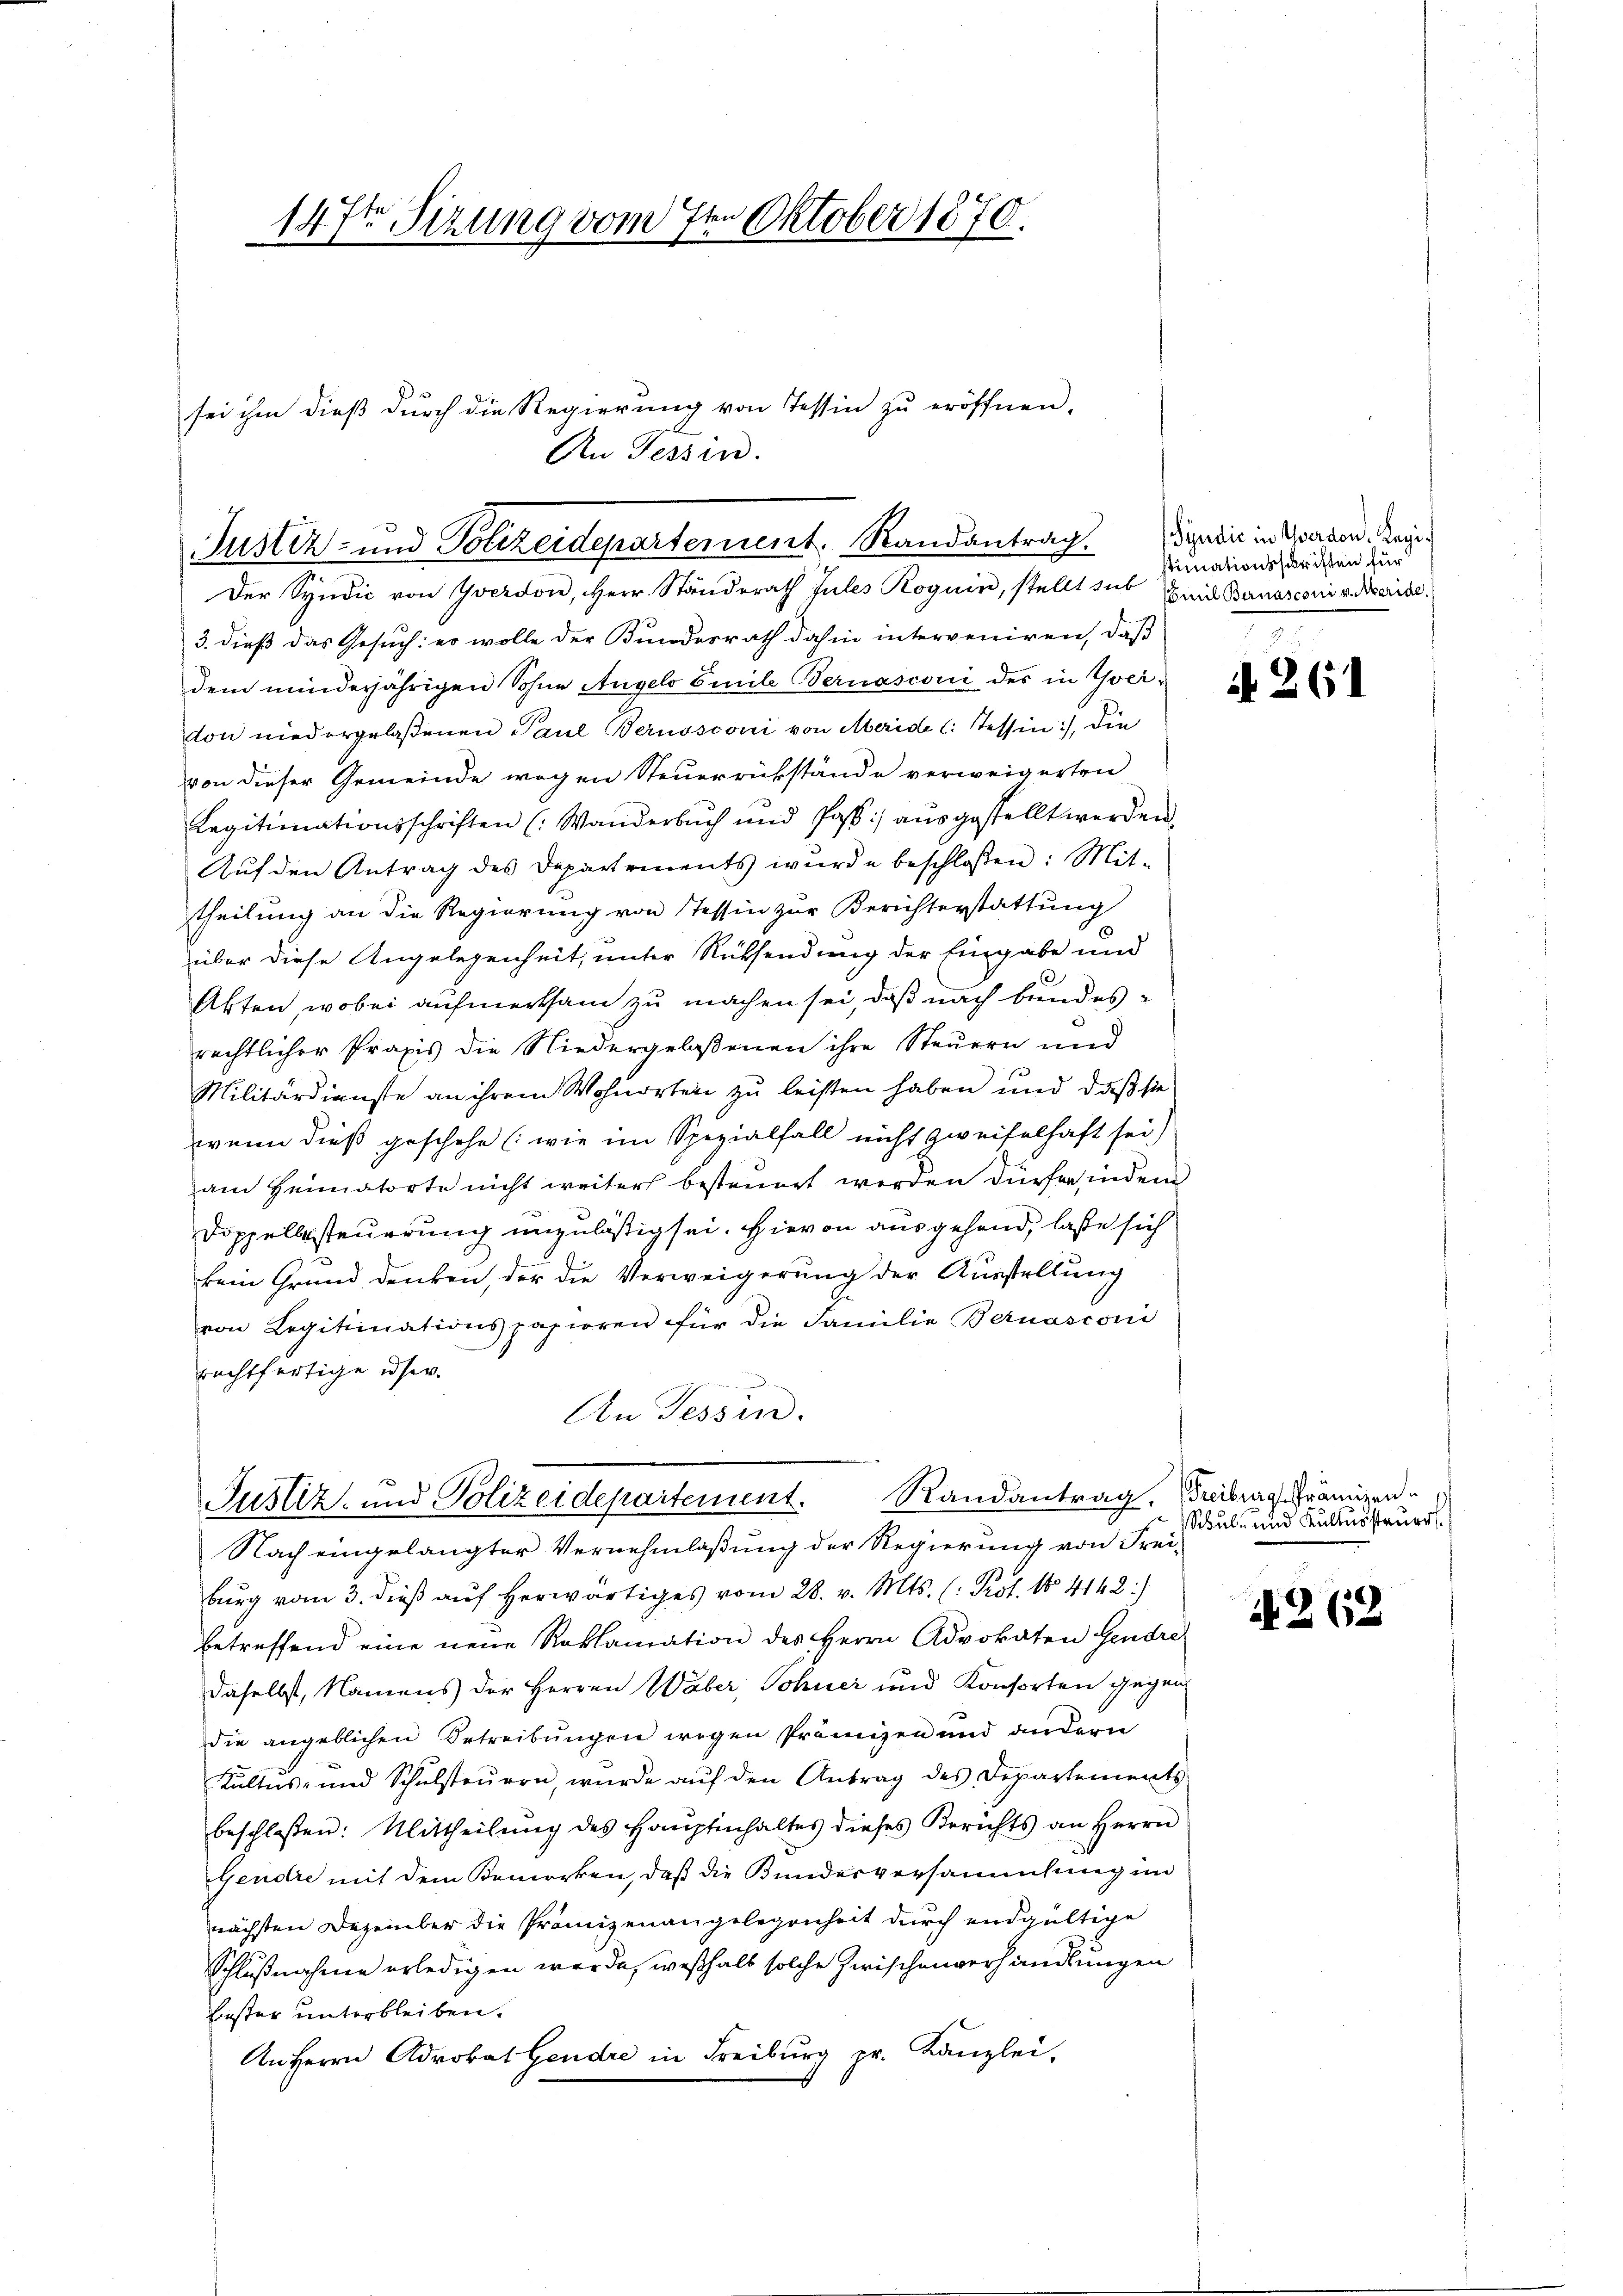
147ten Sizung vom 7ten Oktober 1870.

sei ihm dieß durch die Regierung von Tessin zu eröffnen,
An Tessin.
Justiz- und Polizeidepartement. Randantrag.

Der Syndic von Yverdon, Herr Ständerath Jules Roguin, stellt sub mit Banasconi v. Meride
3. dieß das Gesuch: er wolle der Kundesrath dahin interveniren, daß
dem minderjährigen Sohne Angelo Emile Bernasconi des in Yociton niedergelaßenen Paul Bernosconi von Meride (: Tessin, die
von dieser Gemeinde wegen Steuerrükstände verweigerten
Legitimationsschriften (: Wanderbŭch und Pass) aŭsgestellt werden.
Aŭf den Antrag des Departements wŭrde beschlossen: Mit-
theilung an die Regierung von Tessin zur Berichterstattung
über diese Angelegenheit, unter Rücksendung der Eingabe und
Akten, wobei aufmerksam zu machen sei, daß nach bundes
rechtlicher Praxis die Niedergelaßenen ihre Steuern und
Militärdienste an ihrem Wohnorten zu leisten haben und daß sie
wenn dieß geschehe (wie im Spezialfall nicht zweifelhaft sei)
am Heimatorte nicht weiter besteuert werden dürfen, indem
Doppellesteuerung unzuläßig sei. Hievon ausgehend, lasse sich
kein Grund denken, der die Verweigerung der Ausstellung
von Legitimationspapieren für die Familie Bernasconi
rechtfertige ihr
An Tessin.
Justiz- und Polizeidepartement. Randantrag. Freiburg, Prämien
Nach eingelangter Vernehmlaßung der Regierung von Frei-
burg vom 3. dieß auf herwärtiges vom 28. v. Mts. (: Prof. No 4142:)
betreffend eine neue Reklamation des Herrn Advokaten Gendre
daselbst, Namens der Herren Wäber, Sohner und Konsorten gegen
die angeblichen Betreibungen wegen Prämizen und andern
Kultus- und Schŭlsteŭern, wurde aŭf den Antrag des Departements
beschlossen: Mittheilung des Hauptinhaltes dieses Berichts an Herrn
Gendre mit dem Bemerken, daß die Bundesversammlung in
nächsten Dezember die Prämizenangelegenheit durch endgültige
Schlußnahme erledigen werde, weßhalb solche Zwischenverhandlungen
bester unterbleiben.
An Herrn Advokat Gendre in Freiburg pr. Kanzlei,

Sÿndić in Yverdon, Registimationsschriften für

A 261

Schul- und Kulturssteuer

A 262